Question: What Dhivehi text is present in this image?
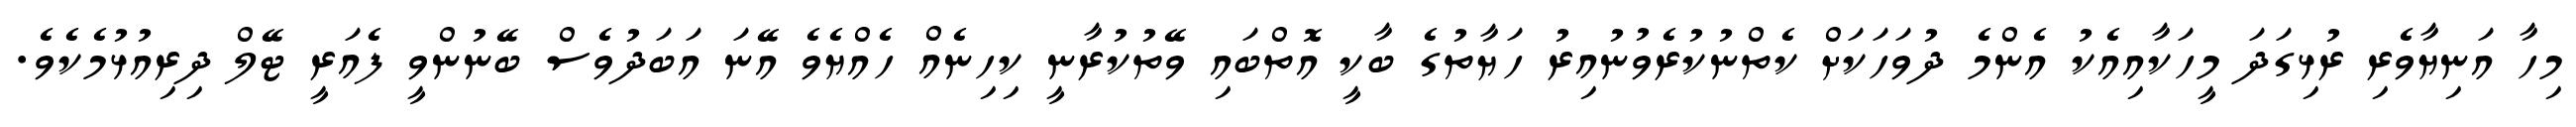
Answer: މިހާ އަނިޔާވެރި ރުޅިގަދަ މީހަކާއިއެކު އެންމެ ދުވަހަކަށް ކެތްނުކުރެވުނުއިރު ހަޔާތުގެ ބާކީ އޮތްބައި ވޭތުކުރާނީ ކިހިނެއް ހެއްޔެވެ އޭނަ އަބަދުވެސް ބޭނުންވީ ފެއަރީ ޓޭލް ދިރިއުޅުމެކެވެ.